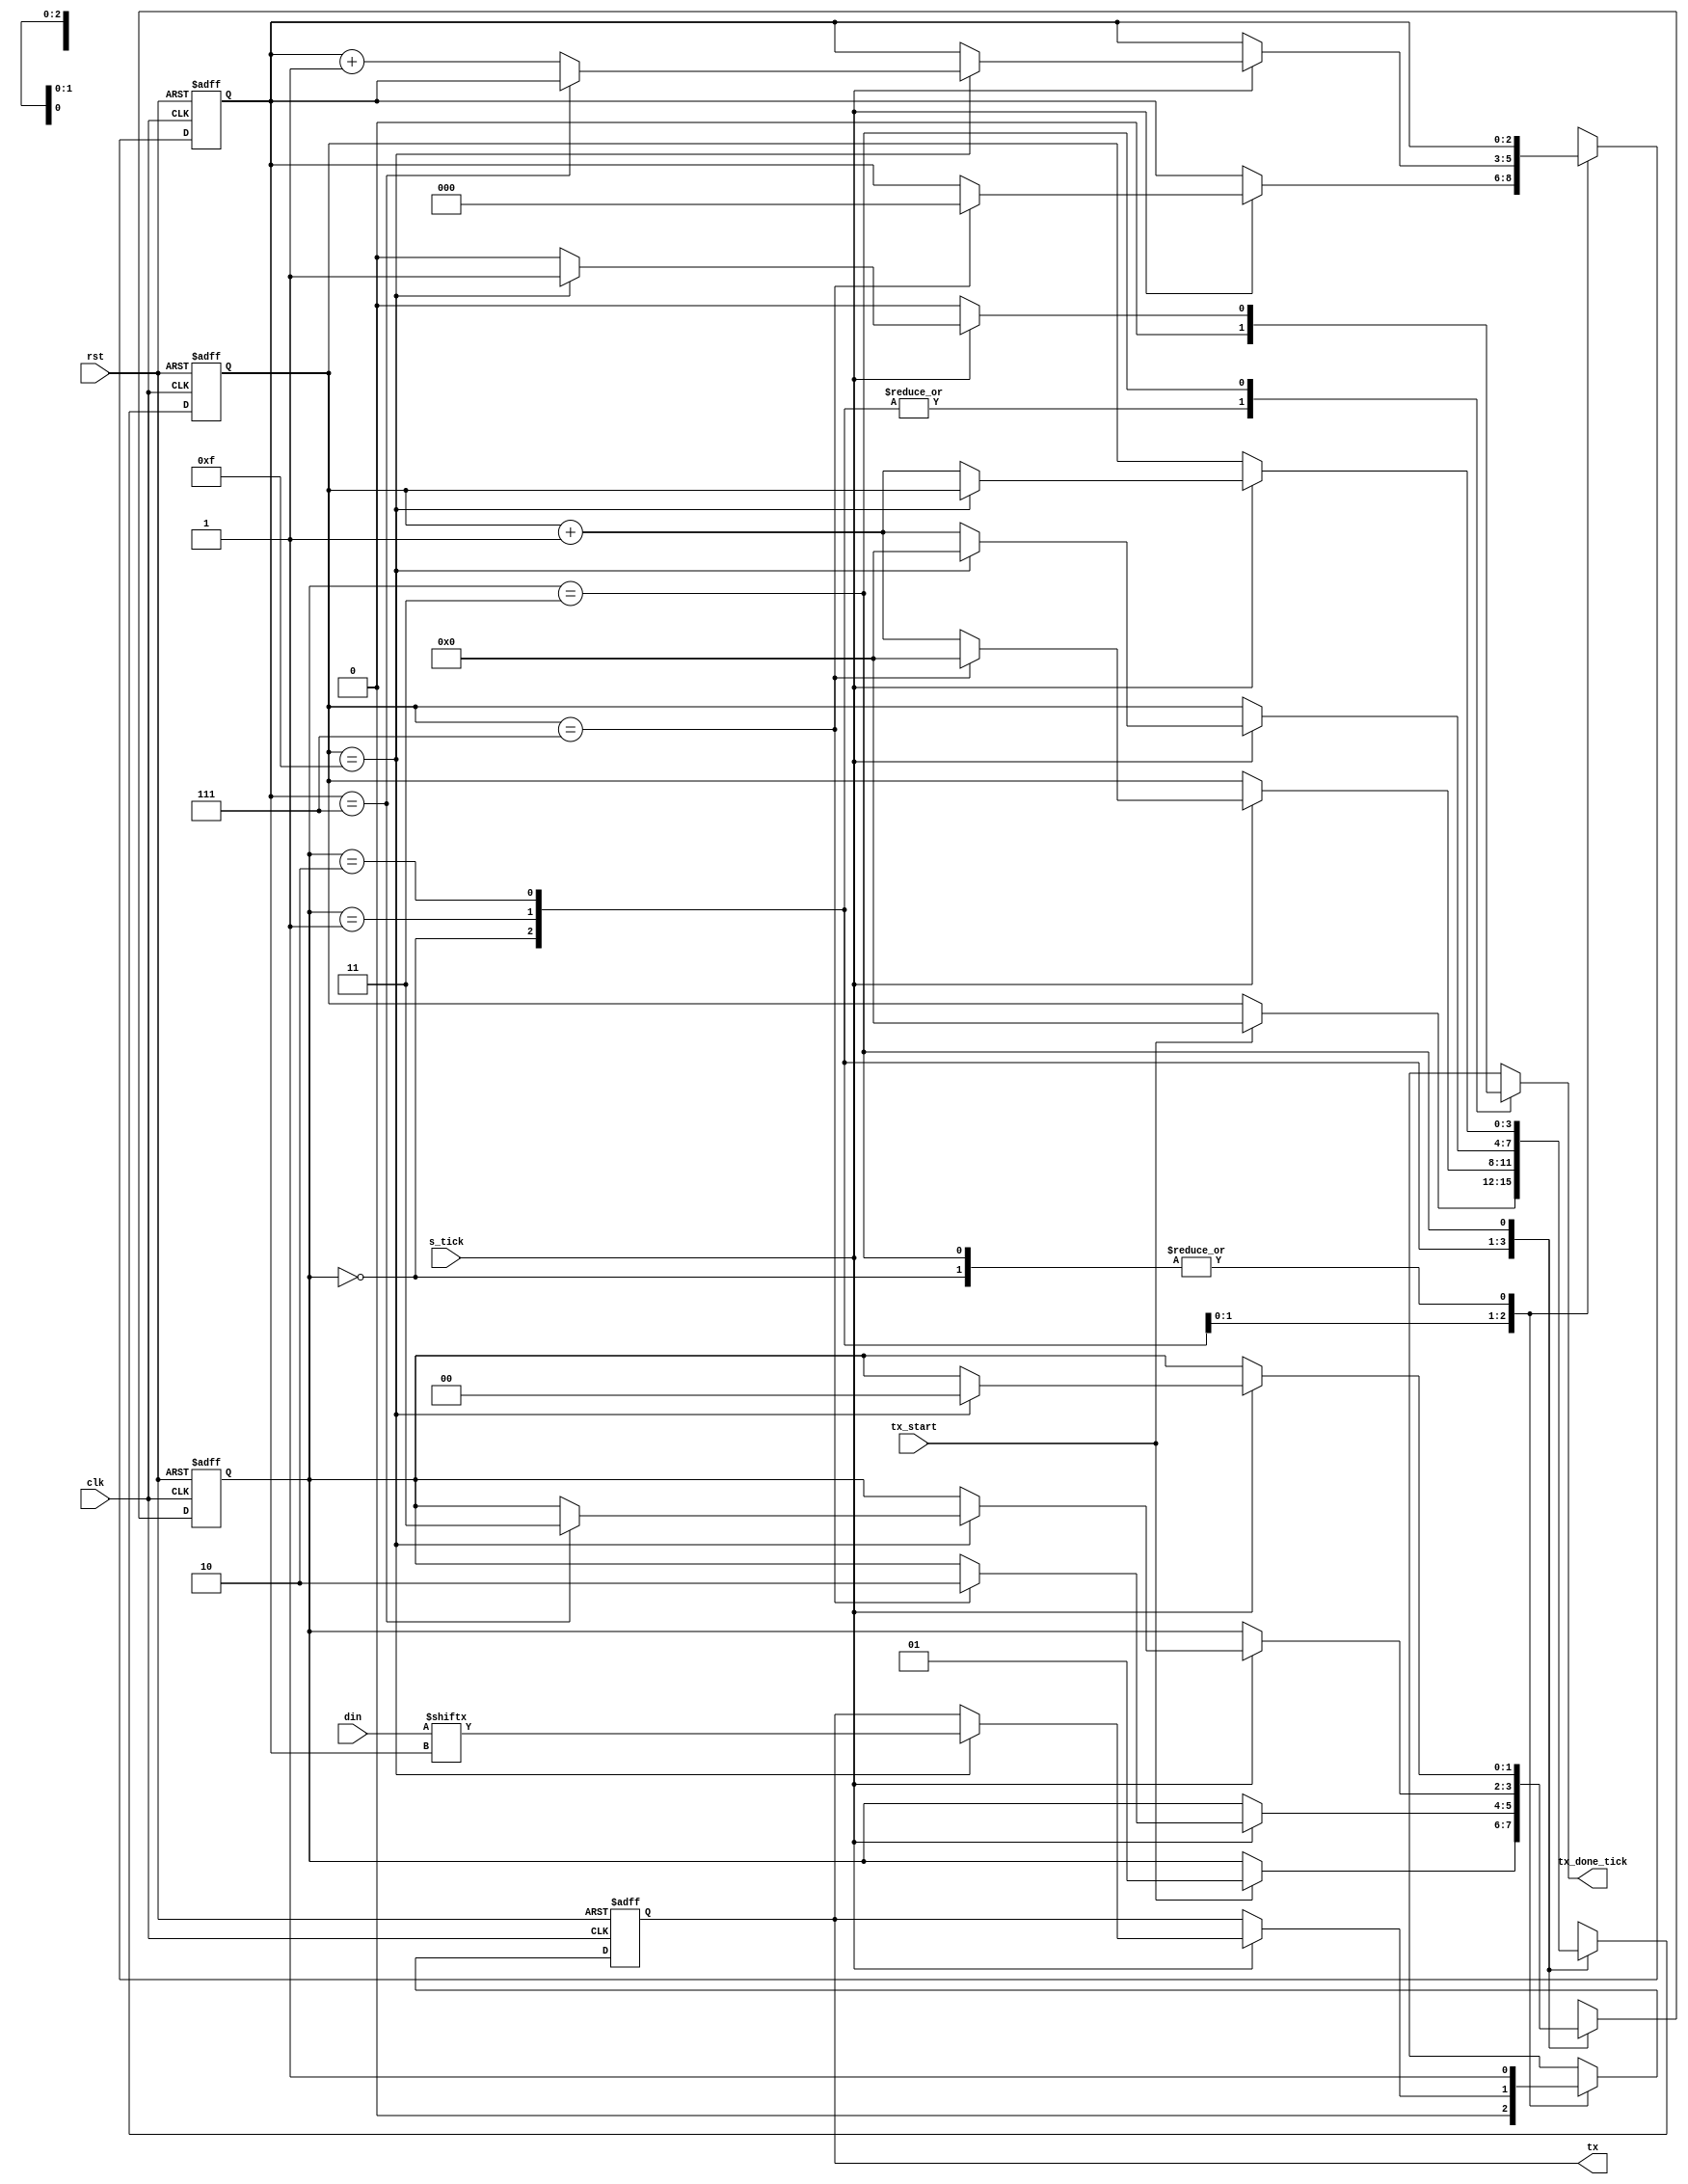
`default_nettype none
module uart_tx #(parameter
	WIDTH   = 8 ,
	SB_TICK = 16
) (
	input  wire             clk, rst, tx_start, s_tick,
	input  wire [WIDTH-1:0] din         ,
	output reg              tx_done_tick,
	output wire             tx
);

	localparam [1:0] idle = 2'b00,start=2'b01,data=2'b10,stop=2'b11;

	reg [                1:0] state_reg ;
	reg [                1:0] state_next;
	reg [$clog2(SB_TICK)-1:0] s_reg     ;
	reg [$clog2(SB_TICK)-1:0] s_next    ;
	reg [  $clog2(WIDTH)-1:0] n_reg     ;
	reg [  $clog2(WIDTH)-1:0] n_next    ;
	reg [          WIDTH-1:0] b_reg     ;
	reg [          WIDTH-1:0] b_next    ;
	reg                       tx_reg    ;
	reg                       tx_next   ;

	always @ (posedge clk, posedge rst)
		if (rst)
			begin
				state_reg <= idle;
				s_reg     <= 0;
				n_reg     <= 0;
				b_reg     <= 0;
				tx_reg    <= 1'b1;
			end
		else
			begin
				state_reg <= state_next;
				s_reg     <= s_next;
				n_reg     <= n_next;
				b_reg     <= b_next;
				tx_reg    <= tx_next;
			end

	always @*
		begin
			state_next   = state_reg;
			tx_done_tick = 1'b0;
			s_next       = s_reg;
			n_next       = n_reg;
			b_next       = b_reg;
			tx_next      = tx_reg;
			case (state_reg)
				idle :
					begin
						tx_next = 1'b1;
						if (tx_start)
							begin
								state_next = start;
								s_next     = 0;
								b_next     = din;
							end
					end
				start :
					begin
						tx_next = 1'b0;
						if (s_tick)
							if (s_reg==7)
								begin
									state_next = data;
									s_next     = 0;
									n_next     = 0;
									$display("hena");
								end
						else
							s_next = s_reg + 1;
					end
				data :
					begin
						// tx_next = b_reg[0];
						if (s_tick)
							if (s_reg==15)
								begin
									s_next  = 0;
									// b_next = b_reg >> 1;
									tx_next = din[n_reg];
									if (n_reg==(WIDTH-1))
										begin
											$display("bit rakam %d, tx_next is %d",n_next,tx_next);
											state_next = stop;
										end
									else
										begin
											n_next = n_reg + 1;
											$display("bit rakam %d, tx_next is %d",n_next,tx_next);
										end

								end
						else
							s_next = s_reg + 1;
					end
				stop :
					begin
						tx_next = 1'b1;
						if (s_tick)
							if (s_reg == (SB_TICK-1))
								begin
									state_next   = idle;
									tx_done_tick = 1'b1;
								end
						else
							s_next = s_reg + 1;
					end
			endcase
		end
	assign tx = tx_reg;
endmodule